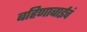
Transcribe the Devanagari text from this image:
बहिणाबाईचं